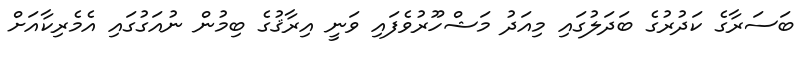
ބަސަރާގެ ކަދުރުގެ ބަދަލުގައި މިއަދު މަޝްހޫރުވެފައި ވަނީ އިރާޤުގެ ބިމުން ނުއަގުގައި އެމެރިކާއަށް